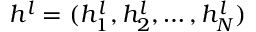
h ^ { l } = ( h _ { 1 } ^ { l } , h _ { 2 } ^ { l } , \dots , h _ { N } ^ { l } )